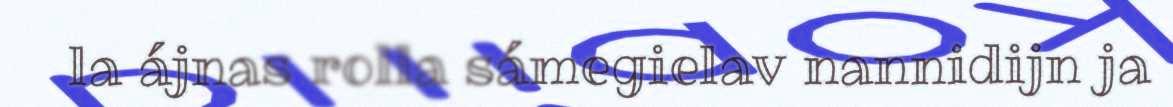
la ájnas rolla sámegielav nannidijn ja